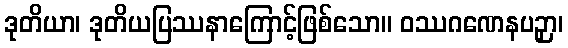
ဒုတိယာ၊ ဒုတိယပြဿနာကြောင့်ဖြစ်သော။ ဝဿဂဏေနပဉှာ၊